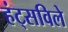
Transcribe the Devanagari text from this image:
हंट्सविले